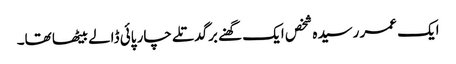
ایک عمر رسیدہ شخص ایک گھنے برگدتلے چار پائی ڈالے بیٹھا تھا۔